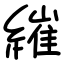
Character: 繀